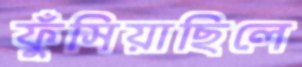
ফুঁসিয়াছিলে